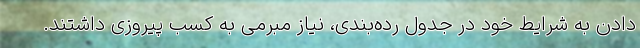
دادن به شرایط خود در جدول رده‌بندی، نیاز مبرمی به کسب پیروزی داشتند.